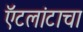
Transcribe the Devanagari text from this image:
ऍटलांटाचा